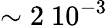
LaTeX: \sim 2~10^{-3}